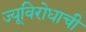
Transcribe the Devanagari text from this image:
ज्यूविरोधाची